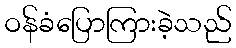
ဝန်ခံပြောကြားခဲ့သည်